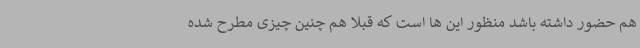
هم حضور داشته باشد منظور این ها است که قبلا هم چنین چیزی مطرح شده